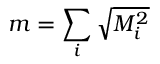
m = \sum _ { i } \sqrt { M _ { i } ^ { 2 } }